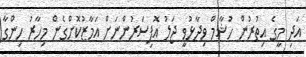
އަދި މީގެ އިތުރުން ހުޝާމް ވިދާޅުވީ ޖަލު އޮފިސަރުންނަށް އަމާޒުކޮށްގެން މިހާރު ހިންގާ